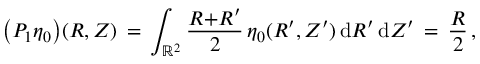
\bigl ( P _ { 1 } \eta _ { 0 } \bigr ) ( R , Z ) \, = \, \int _ { \mathbb { R } ^ { 2 } } \frac { R { + } R ^ { \prime } } { 2 } \, \eta _ { 0 } ( R ^ { \prime } , Z ^ { \prime } ) \, \mathrm { d } R ^ { \prime } \, \mathrm { d } Z ^ { \prime } \, = \, \frac { R } { 2 } \, ,